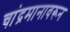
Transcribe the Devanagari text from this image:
चांद्रमानावरून